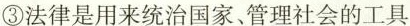
③法律是用来统治国家、管理社会的工具